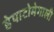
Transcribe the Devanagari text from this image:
हेपाटोमेगाली